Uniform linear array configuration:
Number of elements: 48
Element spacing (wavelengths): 0.5
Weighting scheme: binomial
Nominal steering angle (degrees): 0
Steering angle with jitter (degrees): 1.919
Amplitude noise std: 0.05
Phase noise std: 0.05

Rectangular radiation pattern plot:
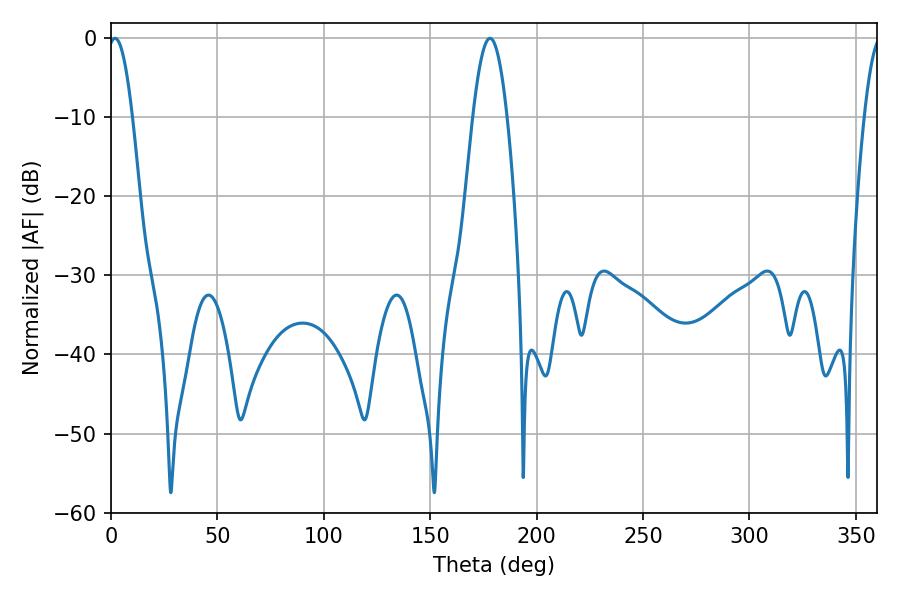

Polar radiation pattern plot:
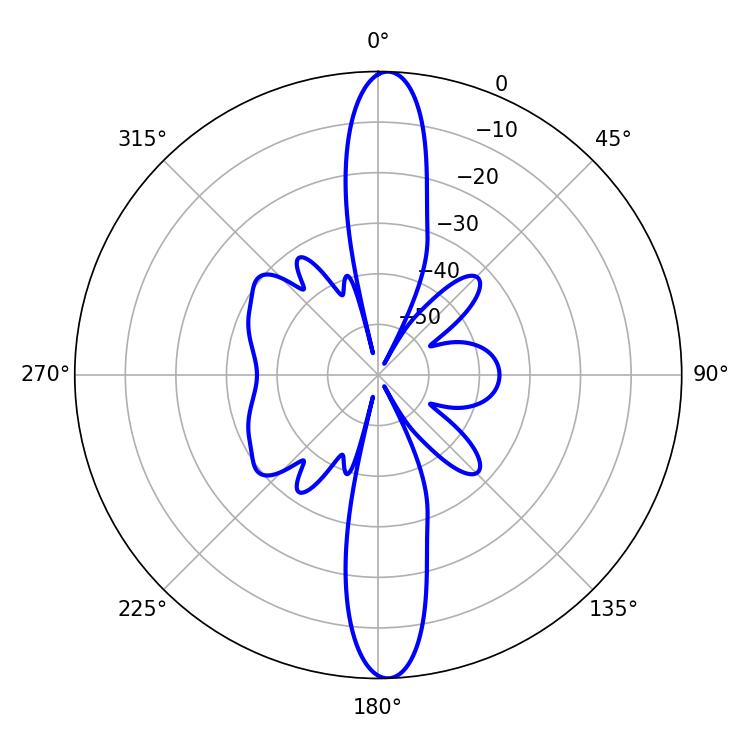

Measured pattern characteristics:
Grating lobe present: FALSE
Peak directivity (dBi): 22.703
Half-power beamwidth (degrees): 6.3
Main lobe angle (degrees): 1.98